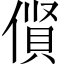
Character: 𠍦